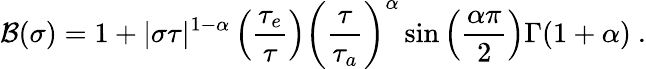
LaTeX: {\cal B}(\sigma)=1+|\sigma\tau|^{1-\alpha}\left(\frac{\tau_{e}}{\tau}\right)\left(\frac{\tau}{\tau_{a}}\right)^{\alpha}\sin\left(\frac{\alpha\pi}{2}\right)\Gamma(1+\alpha)\ .